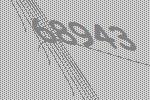
68943